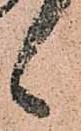
候